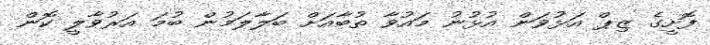
ފޮށީގެ ޒިޕް އަޅުވަން އުޅުނު މައުވާ ތުބާއަށް ބަލާލަމުން ބުމަ އަރުވާލީ ކޮން